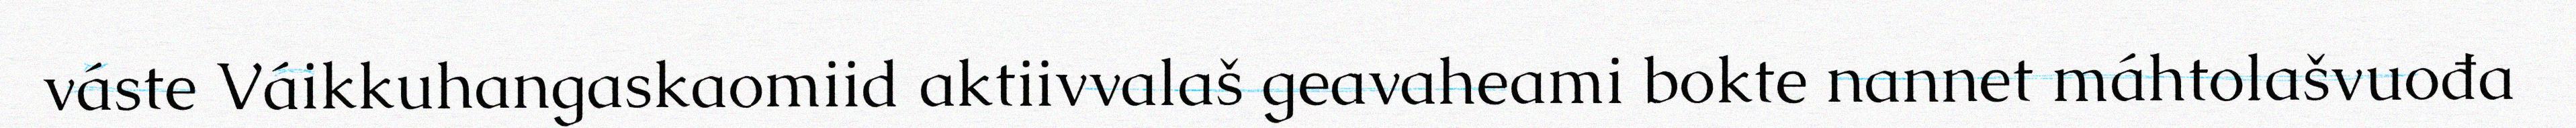
váste Váikkuhangaskaomiid aktiivvalaš geavaheami bokte nannet máhtolašvuođa